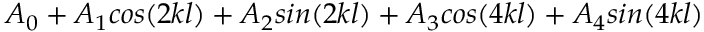
A _ { 0 } + A _ { 1 } c o s ( 2 k l ) + A _ { 2 } s i n ( 2 k l ) + A _ { 3 } c o s ( 4 k l ) + A _ { 4 } s i n ( 4 k l )